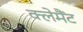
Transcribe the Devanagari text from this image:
क्लेमैंट